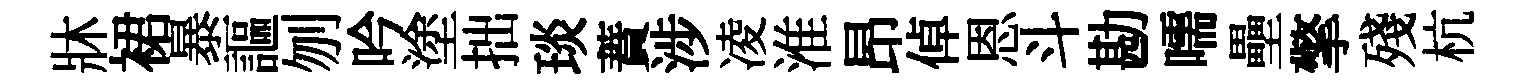
牀裙暴謳刎吟塗拙琰蕡涉凌淮昂倬恩斗勘嚅壘擎殘杭